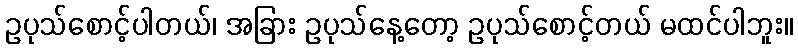
ဥပုသ်စောင့်ပါတယ်၊ အခြား ဥပုသ်နေ့တော့ ဥပုသ်စောင့်တယ် မထင်ပါဘူး။